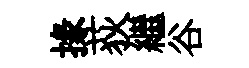
掾荻繼谷